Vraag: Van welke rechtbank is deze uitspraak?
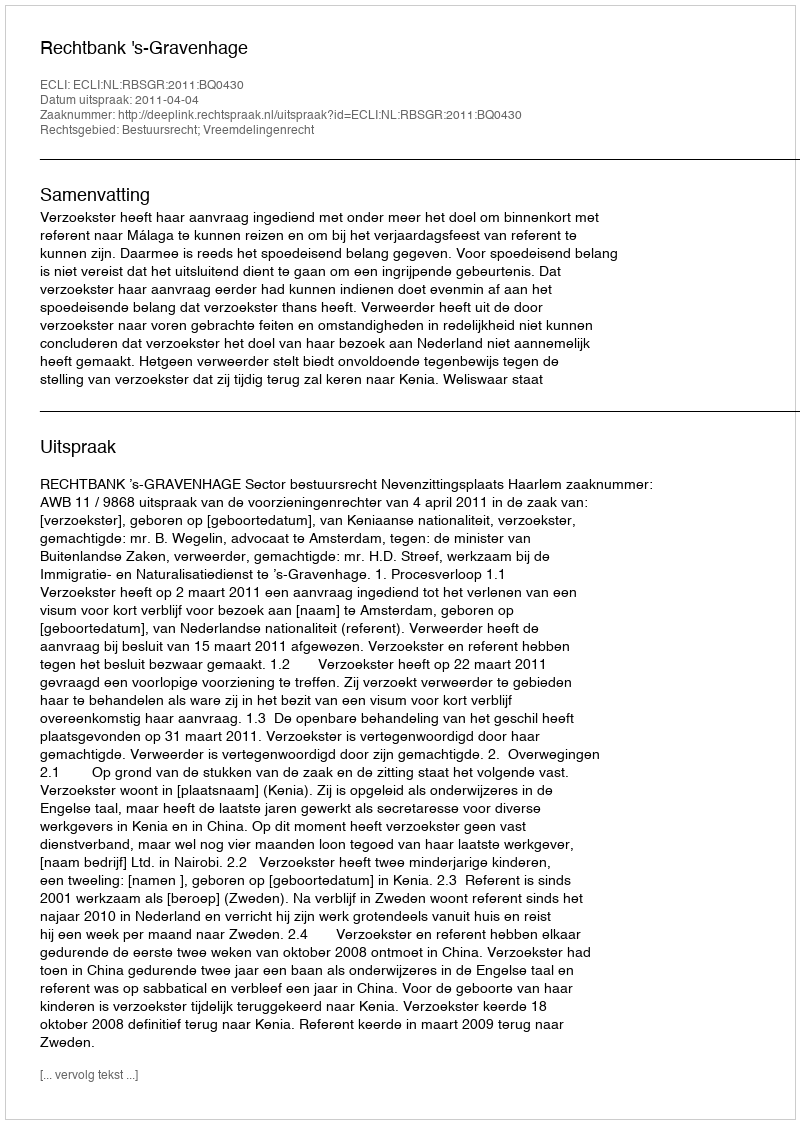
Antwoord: Rechtbank 's-Gravenhage